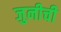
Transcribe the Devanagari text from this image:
जुनीची